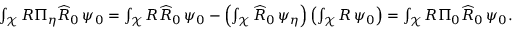
\begin{array} { r } { \int _ { \mathcal { X } } R \Pi _ { \eta } \widehat { R } _ { 0 } \, \psi _ { 0 } = \int _ { \mathcal { X } } R \widehat { R } _ { 0 } \, \psi _ { 0 } - \left( \int _ { \mathcal { X } } \widehat { R } _ { 0 } \, \psi _ { \eta } \right) \left( \int _ { \mathcal { X } } R \, \psi _ { 0 } \right) = \int _ { \mathcal { X } } R \Pi _ { 0 } \widehat { R } _ { 0 } \, \psi _ { 0 } . } \end{array}